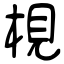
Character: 梘